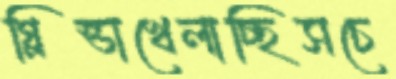
গ্লিন্ডাখেলাচ্ছিসচে